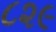
૮૨૯